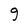
Character: g